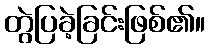
တွဲပြခဲ့ခြင်းဖြစ်၏။